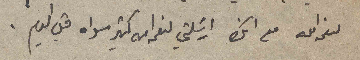
لنعمة الله مع انك ارسلتي لنعمةالله كثير سواه قبل اليوم.